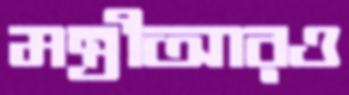
মন্ত্রীআরও